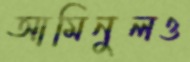
আমিনুলও